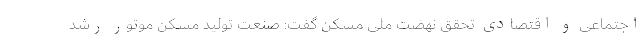
اجتماعی و اقتصادی تحقق نهضت ملی مسکن گفت: صنعت تولید مسکن موتور رشد